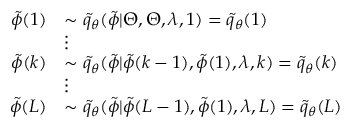
\begin{array} { r l } { \tilde { \phi } ( 1 ) } & { \sim \tilde { q } _ { \theta } ( \tilde { \phi } | \Theta , \Theta , \lambda , 1 ) = \tilde { q } _ { \theta } ( 1 ) } \\ & { \vdots } \\ { \tilde { \phi } ( k ) } & { \sim \tilde { q } _ { \theta } ( \tilde { \phi } | \tilde { \phi } ( k - 1 ) , \tilde { \phi } ( 1 ) , \lambda , k ) = \tilde { q } _ { \theta } ( k ) } \\ & { \vdots } \\ { \tilde { \phi } ( L ) } & { \sim \tilde { q } _ { \theta } ( \tilde { \phi } | \tilde { \phi } ( L - 1 ) , \tilde { \phi } ( 1 ) , \lambda , L ) = \tilde { q } _ { \theta } ( L ) } \end{array}